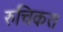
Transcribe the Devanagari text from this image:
रुचिकर।